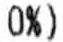
@ 0%)